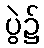
ပွဲ၌